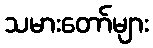
သမားတော်များ